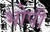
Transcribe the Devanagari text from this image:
भोपी